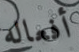
أفعاله